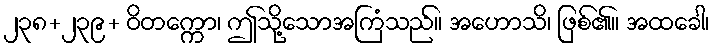
၂၃၈+၂၃၉+ ဝိတက္ကော၊ ဤသို့သောအကြံသည်။ အဟောသိ၊ ဖြစ်၏။ အထခေါ၊